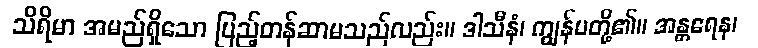
သိရိမာ အမည်ရှိသော ပြည့်တန်ဆာမသည်လည်း။ ဒါသီနံ၊ ကျွန်မတို့၏။ အန္တရေန၊